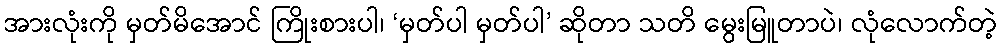
အားလုံးကို မှတ်မိအောင် ကြိုးစားပါ၊ ‘မှတ်ပါ မှတ်ပါ’ ဆိုတာ သတိ မွေးမြူတာပဲ၊ လုံလောက်တဲ့